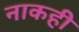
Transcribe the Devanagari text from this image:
नाकही